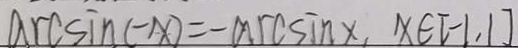
\arcsin ( - x ) = - \arcsin ( x ) , x \in [ - 1 , 1 ]